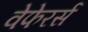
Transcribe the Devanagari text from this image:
वेफेरर्स